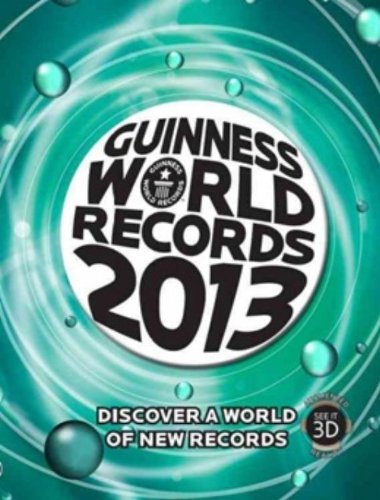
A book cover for Guinness World Records 2013; Guinness World Records; Humor & Entertainment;